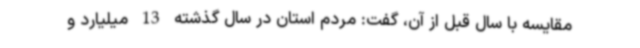
مقایسه با سال قبل از آن، گفت: مردم استان در سال گذشته 13 میلیارد و